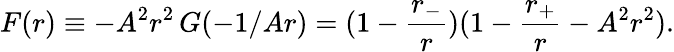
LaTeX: F(r)\equiv-A^{2}r^{2}\, G(-1/Ar)=(1-\frac{r_{-}}{r})(1-\frac{r_{+}}{r}-A^{2}r^{2}).